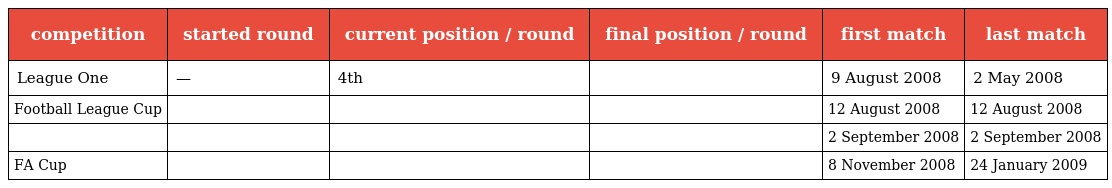
| competition | started round | current position / round | final position / round | first match | last match |
 | --- | --- | --- | --- | --- | --- |
 | League One | — | 4th |  | 9 August 2008 | 2 May 2008 |
 | Football League Cup |  |  |  | 12 August 2008 | 12 August 2008 |
 |  |  |  |  | 2 September 2008 | 2 September 2008 |
 | FA Cup |  |  |  | 8 November 2008 | 24 January 2009 |